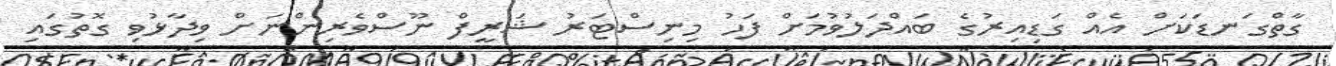
ގާތްގަނޑަކަށް އެއް ގަޑިއިރުގެ ބައްދަލުވުމަށް ފަހު މިނިސްޓަރު ޝަރީފް ނޫސްވެރިންނަށް ވިދާޅުވި ގޮތުގައި